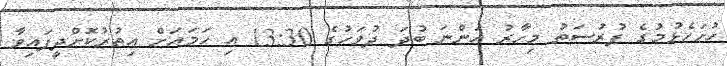
ހުށަހެޅުމުގެ ފުރުސަތު މިހާރު އަންނަ ބުދަ ދުވަހުގެ 13:30 އި ހަމައަށް އިތުރުކޮށްދީފައިވާ